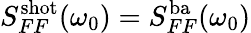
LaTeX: S_{FF}^{\mathrm{shot}}(\omega_{0})=S_{FF}^{\mathrm{ba}}(\omega_{0})